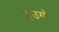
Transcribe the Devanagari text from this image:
इउगो